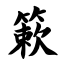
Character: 簌